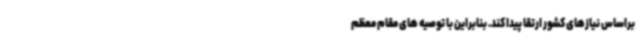
براساس نیازهای کشور ارتقا پیدا کند. بنابراین با توصیه های مقام معظم